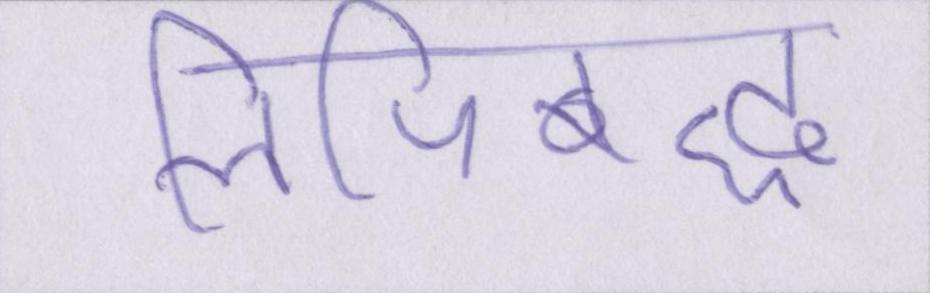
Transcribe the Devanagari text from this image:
लिपिबद्ध